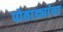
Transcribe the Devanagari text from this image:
पोवाड्यांचा